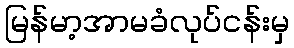
မြန်မာ့အာမခံလုပ်ငန်းမှ